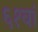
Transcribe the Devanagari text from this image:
६१वां